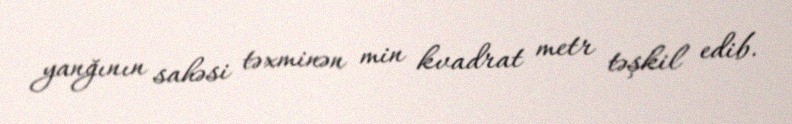
yanğının sahəsi təxminən min kvadrat metr təşkil edib.